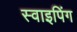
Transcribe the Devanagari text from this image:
स्वाइपिंग